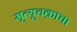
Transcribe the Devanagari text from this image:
मृत्युचक्राचा